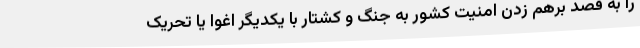
را به قصد برهم زدن امنیت کشور به جنگ و کشتار با یکدیگر اغوا یا تحریک